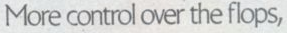
More control over the flops,